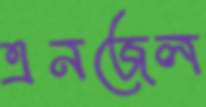
এনজেল